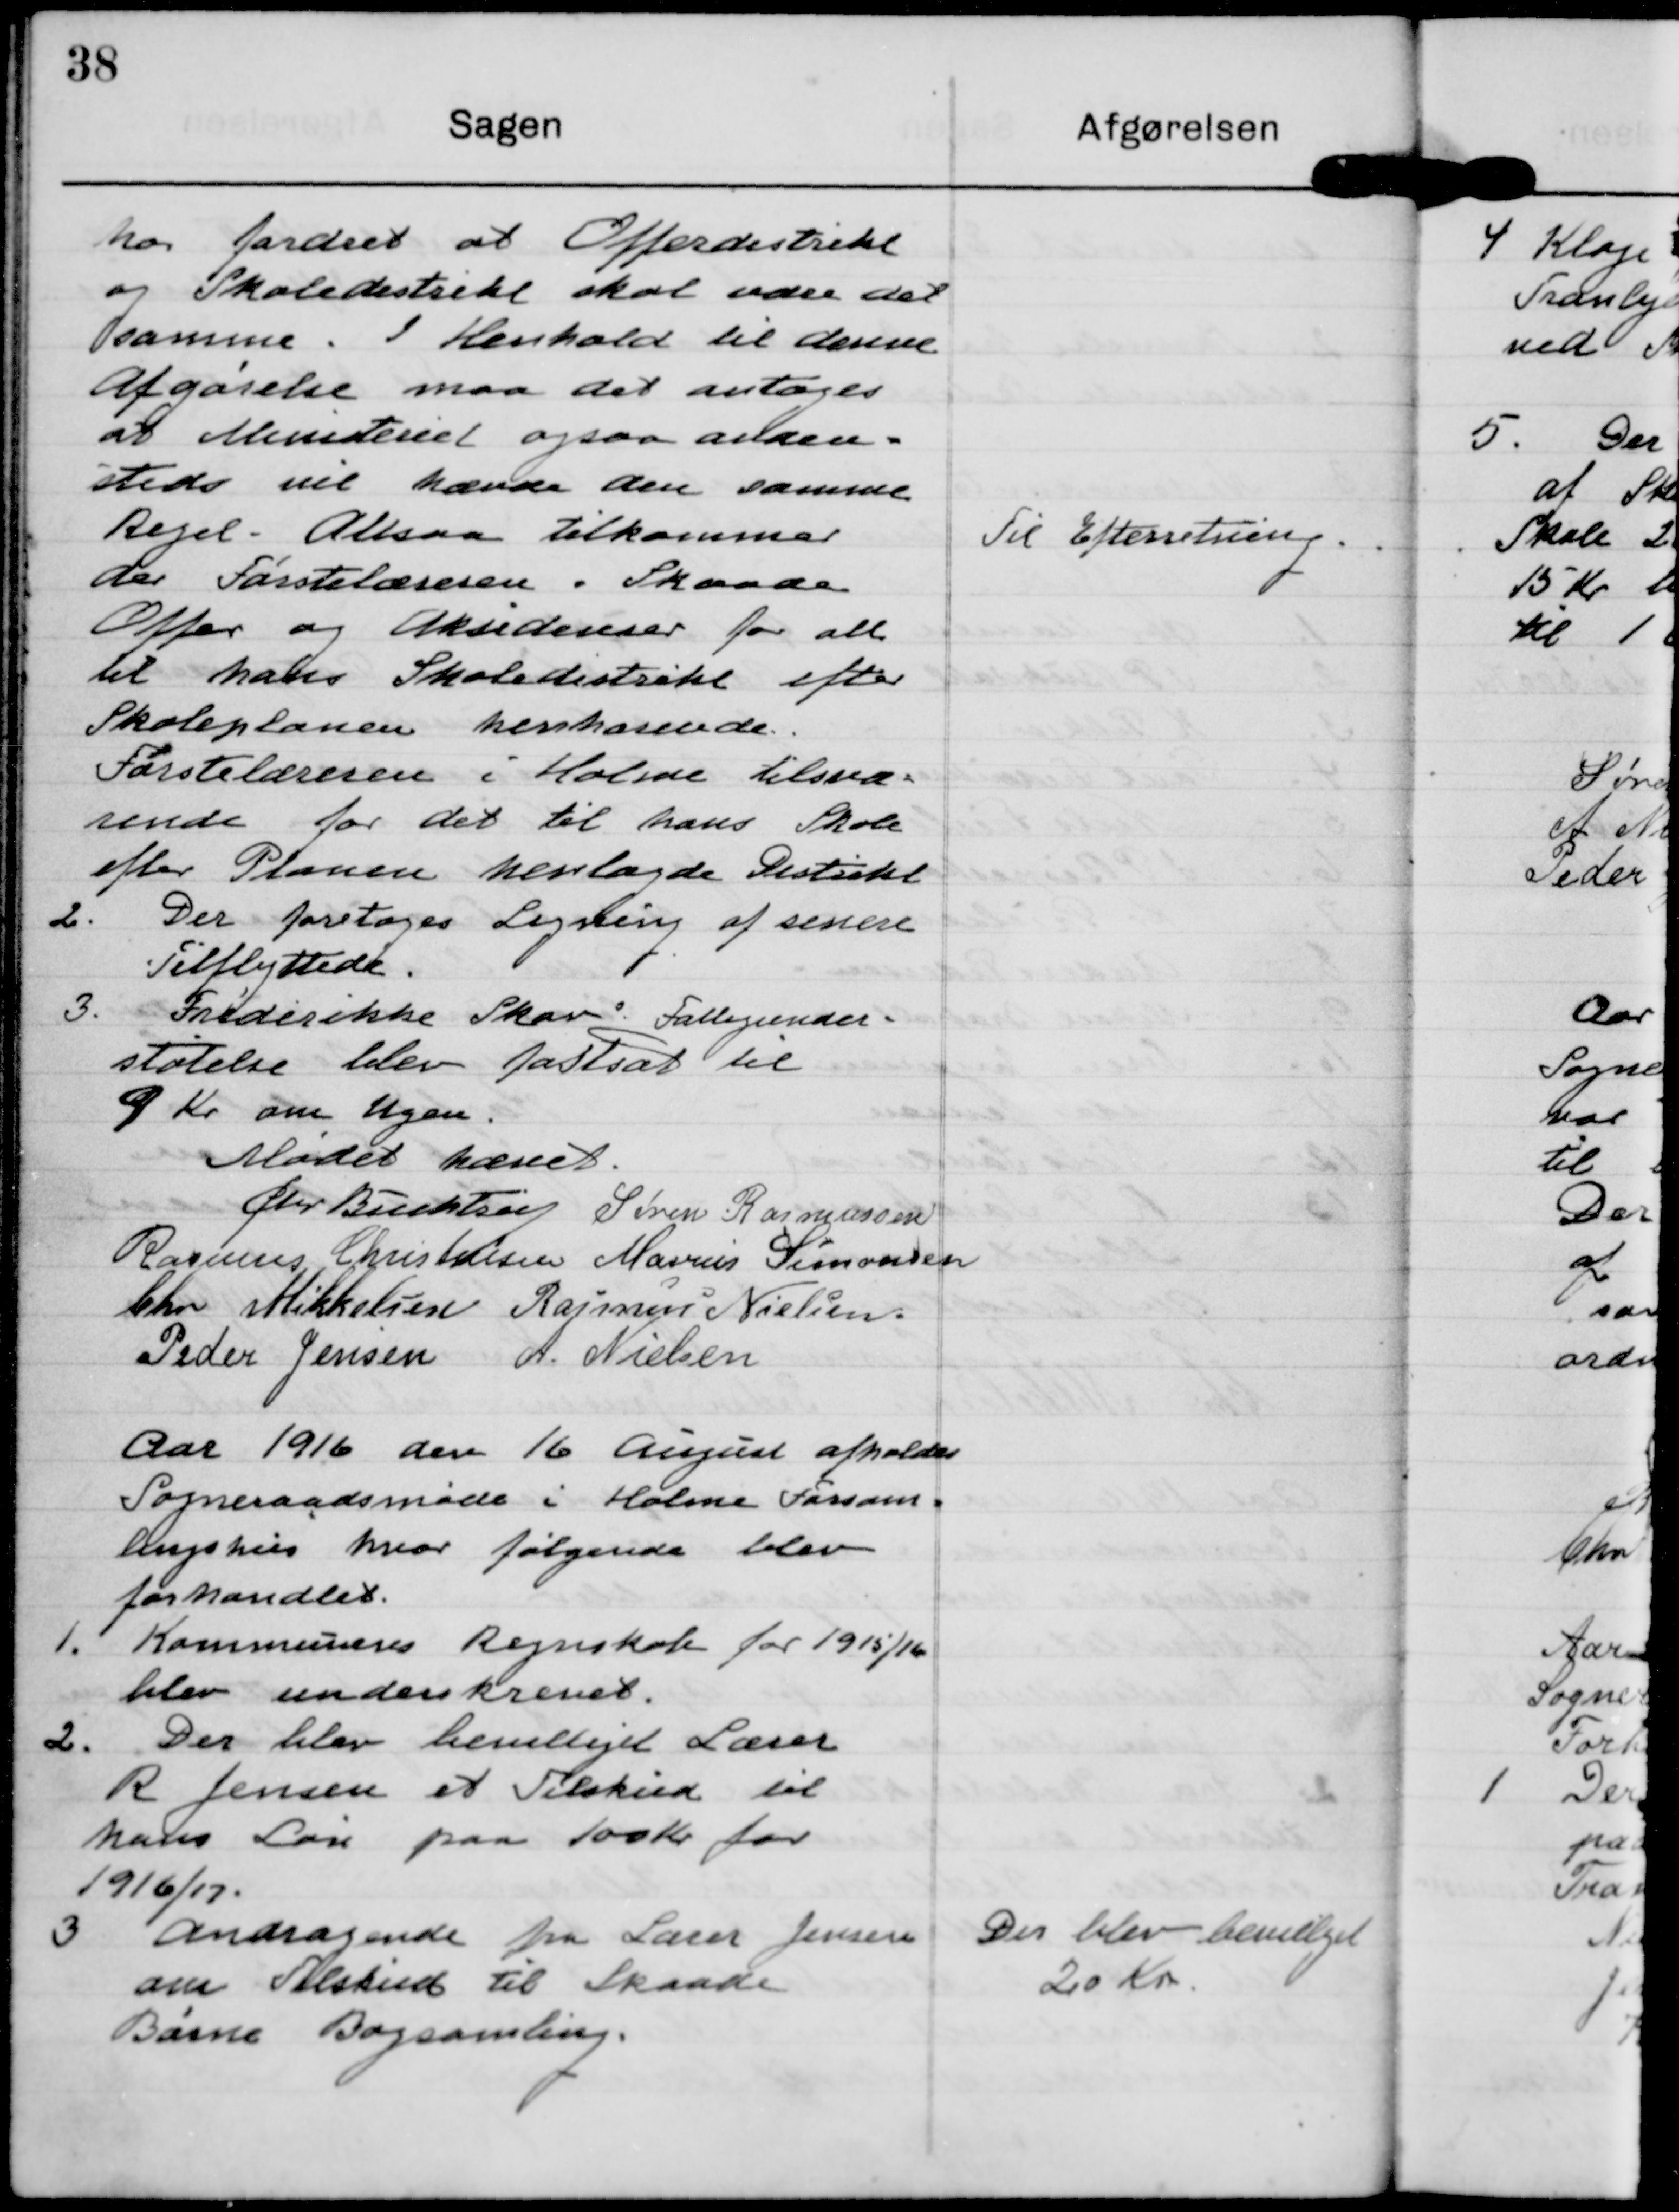
Transskription:
hos Jordret at Offerdistreke
og Skoledistreke skal være der
samme. I Henhold til denne
Afgarelse maa det antages
at Munderset ogsaa arlden-
sted vil hænde den samme
kegel. Altsaa tilkommer
der Farstulæreren i Skaade
Offer og Aksideriser for all
til hans Skoledistrikt efter
Skoleplanen henhavende.
Førstelæreren i Holme tilsva-
rende for det til hans Skole
efter Plauern henlagde Distiik

Til Efterretning

2. Der foretages Ligning af senere
Tilflyttede.

3. Frederikke Skov. Fattigunder-
stotelse blev fastsat til
9 Kr om Ugen.

Mødet hævvet

Glr Biccdtsen

Søren Rasmussen

Rasmus Christensen

Marius Simonsen

Chr Mikkelsen

Rasmus Nielsen

Peder Jensen

A. Nielsen

Aar 1916 den 16 August afholdes
Sogneraadsmøde i Holme Forsom-
lingshus hvor følgende blev
forhandlet.

1. Kommunens Regnskab for 1915/10
blev underskrevet.

2. Der blev bevilliget Lærer
R Jensen et Tilskud til
kales Løn paa 100 kr for
1916/17.

3 Andragende fra Lærer Jensen
om Tilskud til Skaade
Barne Bogsamling.

Der blev bevillget
20 Kr.